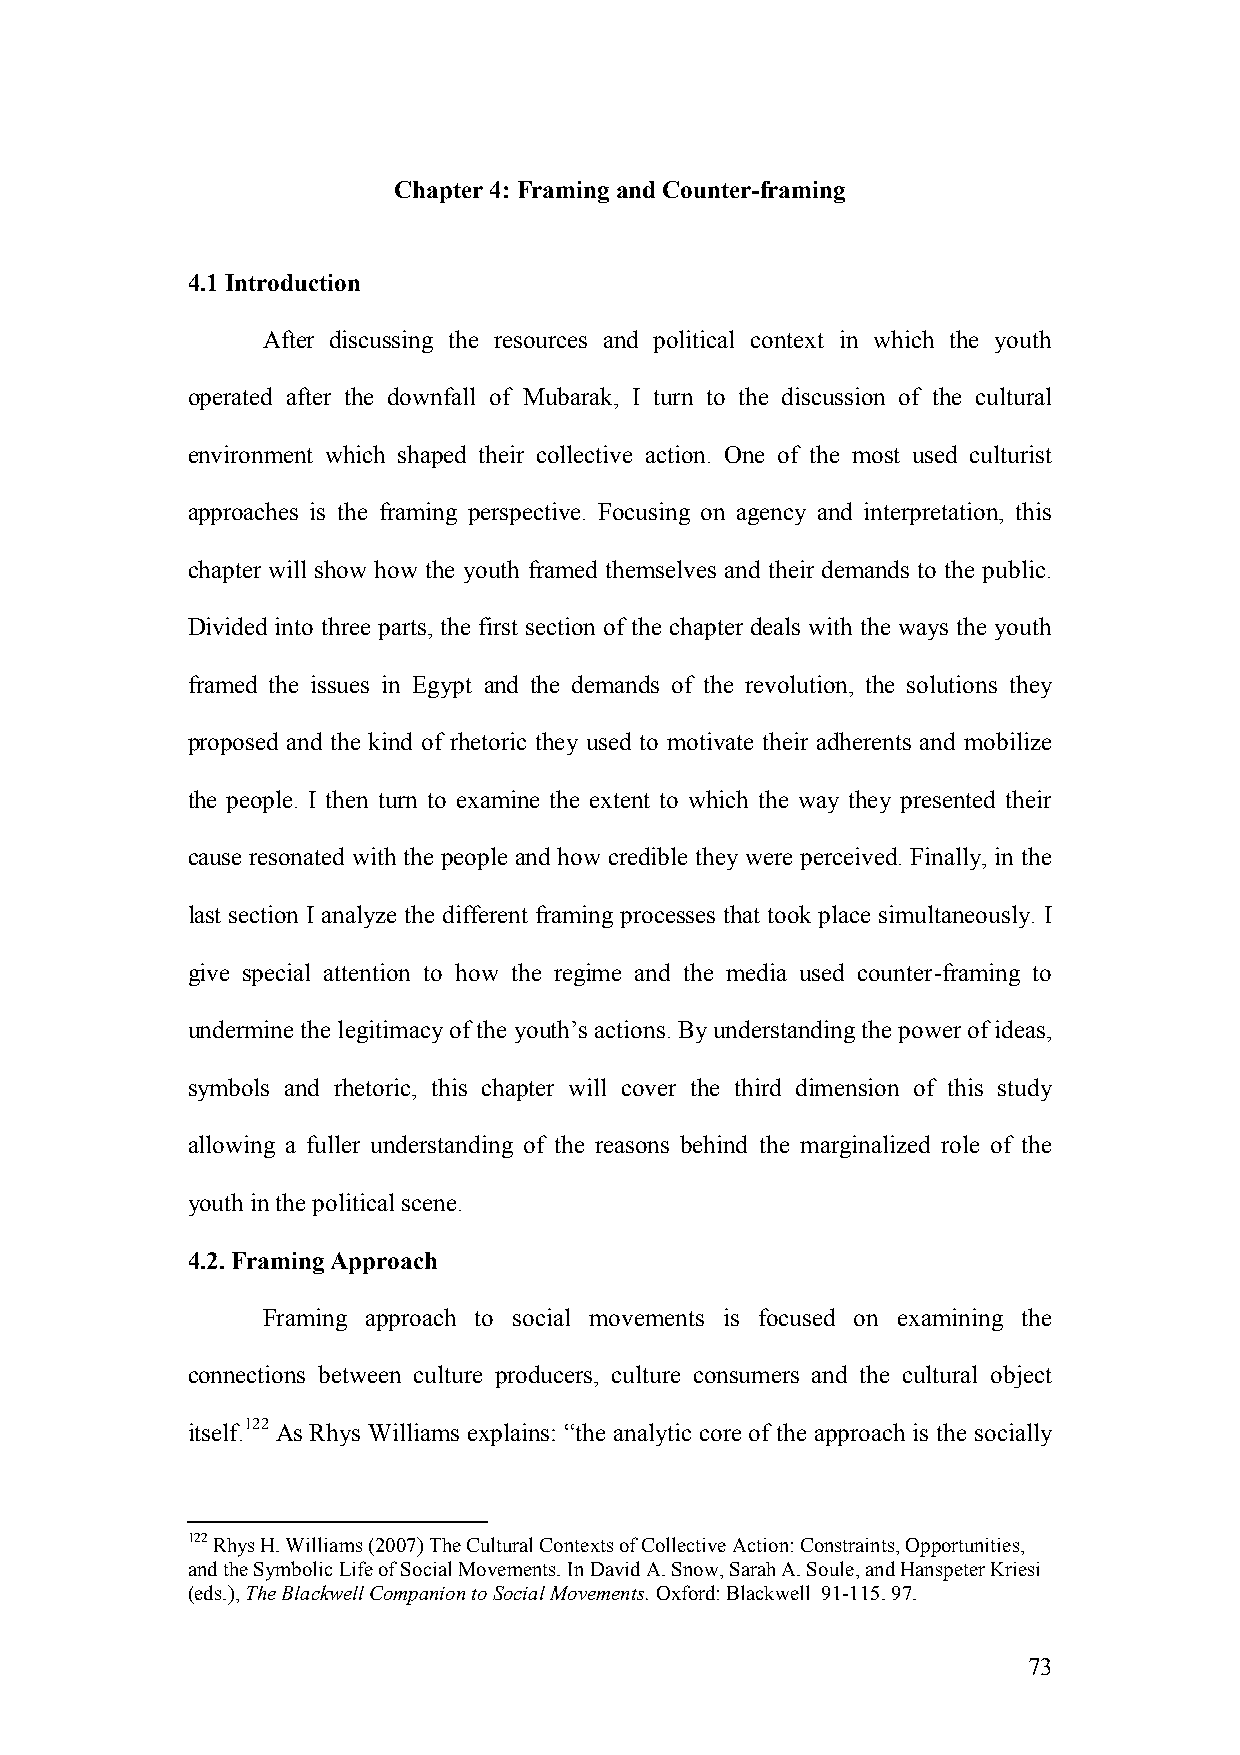
Chapter 4: Framing and Counter-framing
 4.1 Introduction
 After discussing the resources and political context in which the youth
 operated after the downfall of Mubarak, I turn to the discussion of the cultural
 environment which shaped their collective action. One of the most used culturist
 approaches is the framing perspective. Focusing on agency and interpretation, this
 chapter will show how the youth framed themselves and their demands to the public.
 Divided into three parts, the first section of the chapter deals with the ways the youth
 framed the issues in Egypt and the demands of the revolution, the solutions they
 proposed and the kind of rhetoric they used to motivate their adherents and mobilize
 the people. I then turn to examine the extent to which the way they presented their
 cause resonated with the people and how credible they were perceived. Finally, in the
 last section I analyze the different framing processes that took place simultaneously. I
 give special attention to how the regime and the media used counter-framing to
 undermine the legitimacy of the youth’s actions. By understanding the power of ideas,
 symbols and rhetoric, this chapter will cover the third dimension of this study
 allowing a fuller understanding of the reasons behind the marginalized role of the
 youth in the political scene.
 4.2. Framing Approach
 Framing approach to social movements is focused on examining the
 connections between culture producers, culture consumers and the cultural object
 itself.122 As Rhys Williams explains: “the analytic core of the approach is the socially
 122 Rhys H. Williams (2007) The Cultural Contexts of Collective Action: Constraints, Opportunities,
 and the Symbolic Life of Social Movements. In David A. Snow, Sarah A. Soule, and Hanspeter Kriesi
 (eds.), The Blackwell Companion to Social Movements. Oxford: Blackwell 91-115. 97.
 73